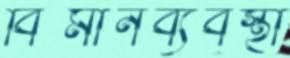
বিমানব্যবস্থা